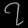
Digit: ၇